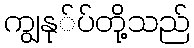
ကျွနု်ပ်တို့သည်